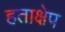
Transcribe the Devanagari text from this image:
हताक्षेप